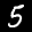
Label: 5